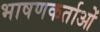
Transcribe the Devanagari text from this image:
भाषणकर्ताओं